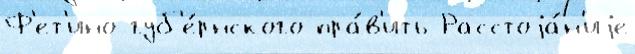
Ф'ет'ино губ'е́рнского пра́в'ить Расстоjа́н'иjе